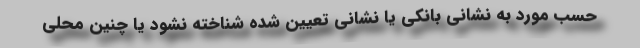
حسب مورد به نشانی بانکی یا نشانی تعیین شده شناخته نشود یا چنین محلی